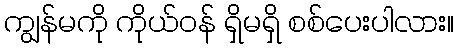
ကျွန်မကို ကိုယ်ဝန် ရှိမရှိ စစ်ပေးပါလား။